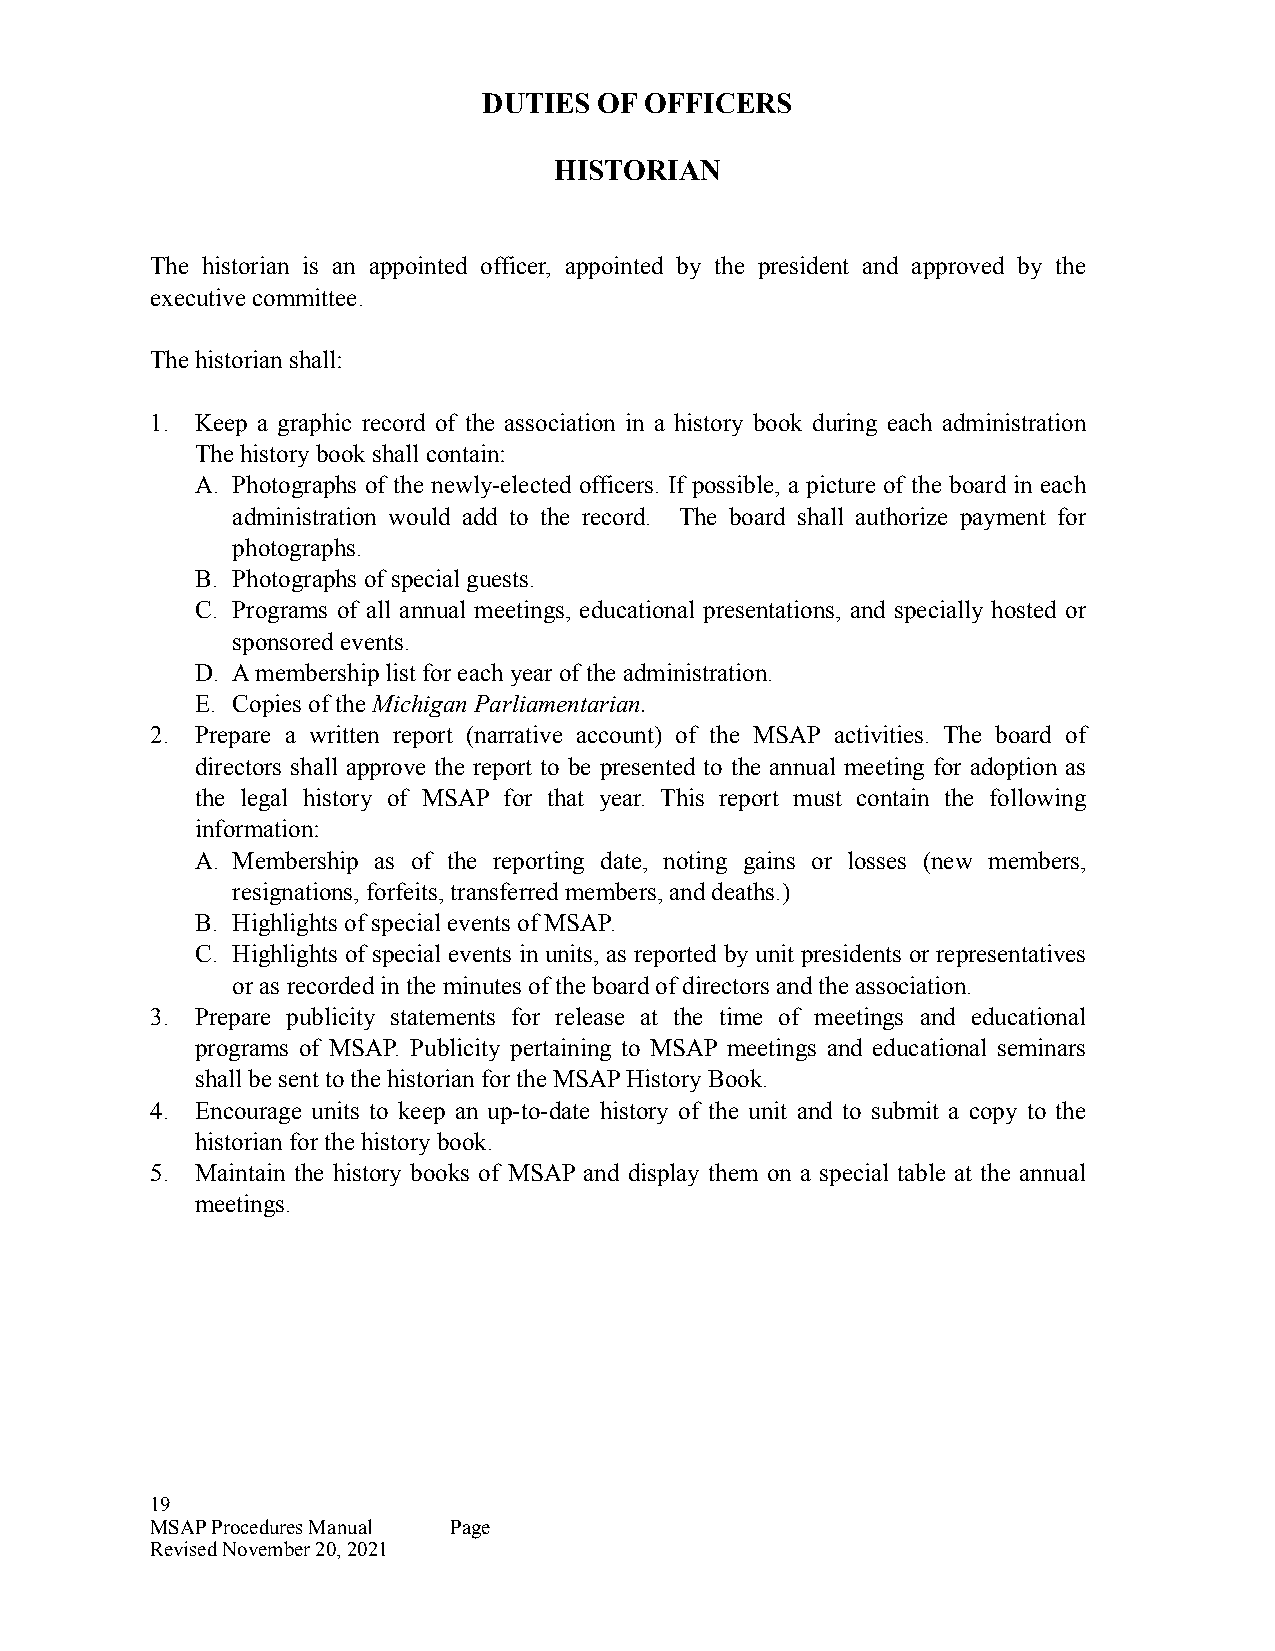
DUTIES  OF OFFICERS
 HISTORIAN
 The historian is an appointed officer, appointed by the president and approved by the
 executive committee.
 The historian shall:
 1. Keep a graphic record of the association in a history book during each administration
 The history book shall contain:
 A. Photographs of the newly-elected officers. If possible, a picture of the board in each
 administration would add to the record. The board shall authorize payment for
 photographs.
 B. Photographs of special guests.
 C. Programs of all annual meetings, educational presentations, and specially hosted or
 sponsored events.
 D. A membership list for each year of the administration.
 E. Copies of the Michigan Parliamentarian.
 2. Prepare a written report (narrative account) of the MSAP activities. The board of
 directors shall approve the report to be presented to the annual meeting for adoption as
 the legal history of MSAP for that year. This report must contain the following
 information:
 A. Membership as of the reporting date, noting gains or losses (new members,
 resignations, forfeits, transferred members, and deaths.)
 B. Highlights of special events of MSAP.
 C. Highlights of special events in units, as reported by unit presidents or representatives
 or as recorded in the minutes of the board of directors and the association.
 3. Prepare publicity statements for release at the time of meetings and educational
 programs of MSAP. Publicity pertaining to MSAP meetings and educational seminars
 shall be sent to the historian for the MSAP History Book.
 4. Encourage units to keep an up-to-date history of the unit and to submit a copy to the
 historian for the history book.
 5. Maintain the history books of MSAP and display them on a special table at the annual
 meetings.
 19
 MSAP Procedures Manual Page
 Revised November 20, 2021